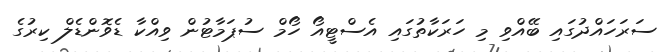
ސަރަހައްދުގައި ބޭއްވި މި ހަރަކާތުގައި އެސްޓީއޯ ހޯމް ސުޕަމާޓުން ވިއްކާ ޑެވޮންޑެލް ކިރުގެ